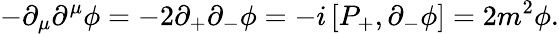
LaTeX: -\partial_{\mu}\partial^{\mu}\phi=-2\partial_{+}\partial_{-}\phi=-i\left[P_{+},\partial_{-}\phi\right]=2m^{2}\phi.